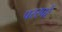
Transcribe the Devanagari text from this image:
परस्परें